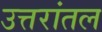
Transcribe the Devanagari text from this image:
उत्तरांतल